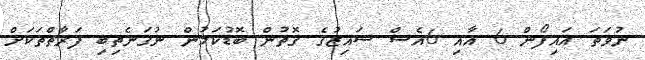
ނުވަތަ އައިފޯން 6 އާއި 6އެސް ސައިޒުގެ ގޮތުން ބޮޑުކަމުން ނުގަނެތިބި ފަރާތްތަކަށް